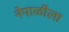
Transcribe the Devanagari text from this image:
नेपाळीला